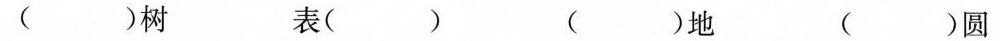
( )树 表( ) ( )地 ( )圆